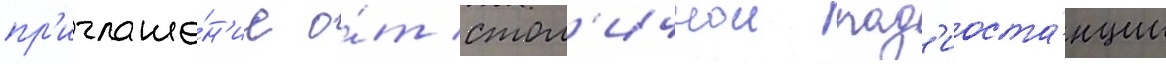
пр'иглаше́н'ие о́т стол'ичнои рад'иоста́нции